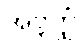
အဗ္ဘတ္ထံ